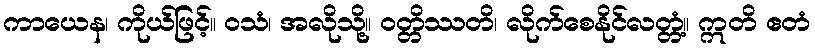
ကာယေန၊ ကိုယ်ဖြင့်။ ဝသံ၊ အလိုသို့။ ဝတ္တိဿတိ၊ လိုက်စေနိုင်လတ္တံ့။ ဣတိ ဧတံ